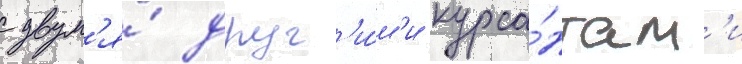
с двум'я́ друг'и́м'и курса́нтам'и